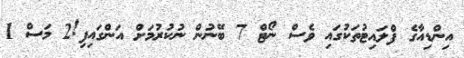
އިންޑިއާގެ ފްލައިޓުތަކުގައި ވެސް ނޯޓް 7 ބޭނުން ނުކުރުމަށް އަންގައިފި!2 މަސް 1